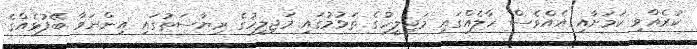
ކުރެއްވި ކަމަށާއި އެއްވެސް ހާލެއްގައި މަޖިލީހުގެ ތަޅުމުގައި މަޖިލީހުގެ ރިޔާސަތުގައި އިންނަވާ ބޭފުޅެއްގެ